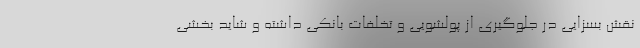
نقش بسزایی در جلوگیری از پولشویی و تخلفات بانکی داشته و شاید بخشی